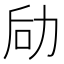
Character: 劶